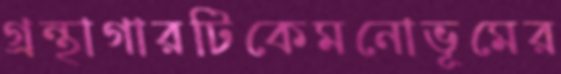
গ্রন্থাগারটিকেমনোভূমের